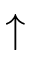
\uparrow